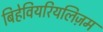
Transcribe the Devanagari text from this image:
बिहेवियरियलिज़म